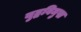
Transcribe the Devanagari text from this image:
युद्धविमुख